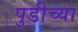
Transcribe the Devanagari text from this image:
पुडीच्या